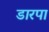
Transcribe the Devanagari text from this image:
डारपा